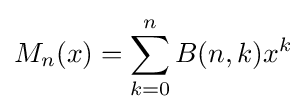
M_{n}(x)=\sum _{k=0}^{n}B(n,k)x^{k}